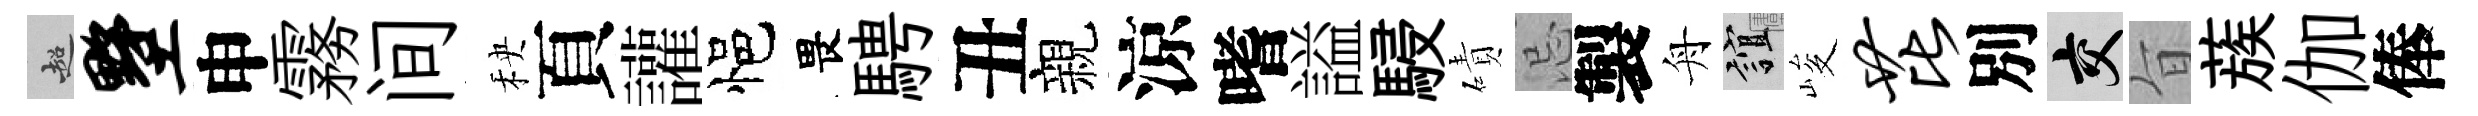
超墅申霧间秧頁讙悒畏騁丑親涼嗜謚駸磧忌製舟誼峻芘別交旨蔟伽俸